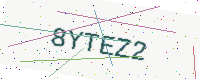
Text: 8YTEZ2